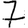
Digit: 7